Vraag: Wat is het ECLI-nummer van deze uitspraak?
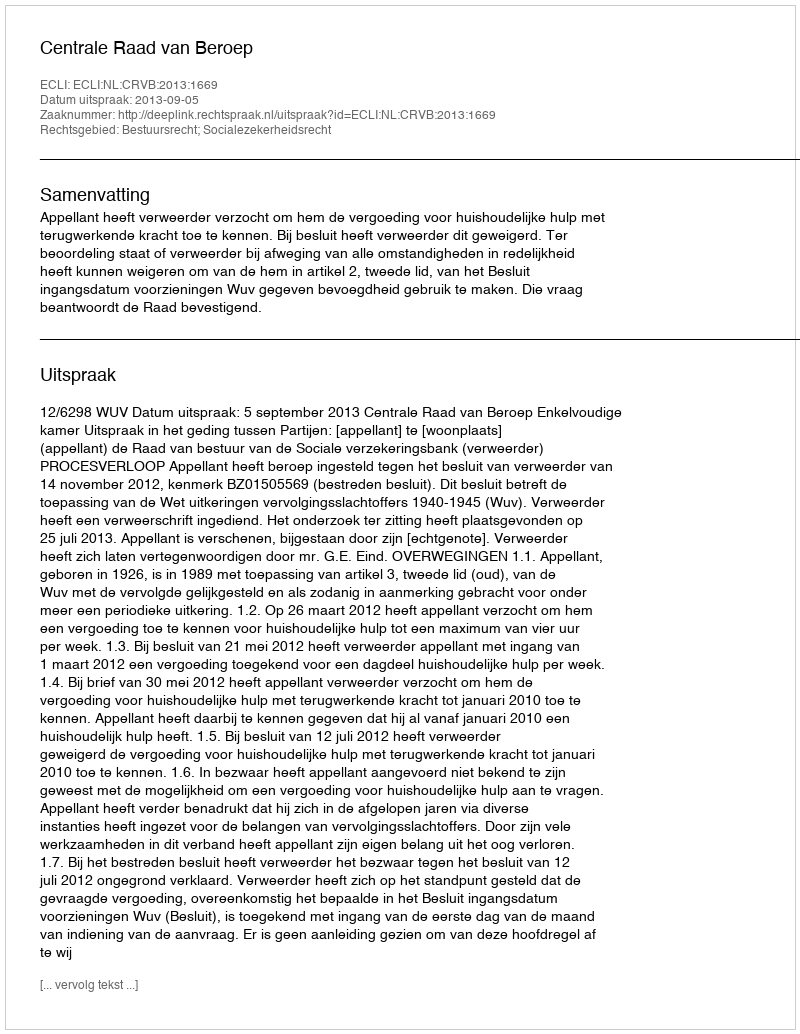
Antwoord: ECLI:NL:CRVB:2013:1669